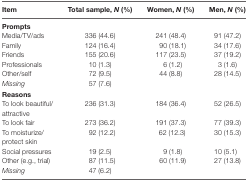
| Item | Total sample, N (%) | Women, N (%) | Men, N (%) |
 | --- | --- | --- | --- |
 | Prompts |  |  |  |
 | Media/TV/ads | 336 (44.6) | 241 (48.4) | 91 (47.2) |
 | Family | 124 (16.4) | 90 (18.1) | 34 (17.6) |
 | Friends | 155 (20.6) | 117 (23.5) | 37 (19.2) |
 | Professionals | 10 (1.3) | 6 (1.2) | 3 (1.6) |
 | Other/self | 72 (9.5) | 44 (8.8) | 28 (14.5) |
 | Missing | 57 (7.6) |  |  |
 | Reasons |  |  |  |
 | To look beautiful/attractive | 236 (31.3) | 184 (36.4) | 52 (26.5) |
 | To look fair | 273 (36.2) | 191 (37.3) | 77 (39.3) |
 | To moisturize/protect skin | 92 (12.2) | 62 (12.3) | 30 (15.3) |
 | Social pressures | 19 (2.5) | 9 (1.8) | 10 (5.1) |
 | Other (e.g., trial) | 87 (11.5) | 60 (11.9) | 27 (13.8) |
 | Missing | 47 (6.2) |  |  |